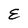
Character: E